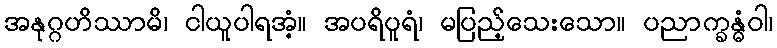
အနုဂ္ဂဟိဿာမိ၊ ငါယူပါရအံ့။ အပရိပူရံ၊ မပြည့်သေးသော။ ပညာက္ခန္ဓံဝါ၊